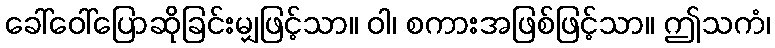
ခေါ်ဝေါ်ပြောဆိုခြင်းမျှဖြင့်သာ။ ဝါ၊ စကားအဖြစ်ဖြင့်သာ။ ဤသကံ၊